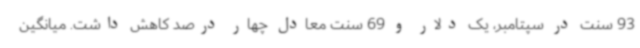
93 سنت در سپتامبر، یک دلار و 69 سنت معادل چهار درصد کاهش داشت. میانگین